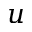
u